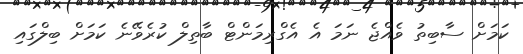
ކަމަށް ސާބިތު ވެއްޖެ ނަމަ އެ އެގްރިމަންޓް ބާތިލް ކުރެވޭނެ ކަމަށް ބިލްގައި